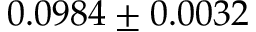
0 . 0 9 8 4 \pm 0 . 0 0 3 2